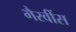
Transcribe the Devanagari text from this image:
भैरवींस